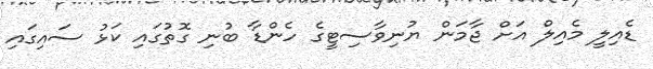
ޑެއިލީ މެއިލް އަށް ޖާމަން ޔުނިވާސިޓީގެ ހެންޑާ ބުނި ގޮތުގައި ކަޅު ސައިގައި